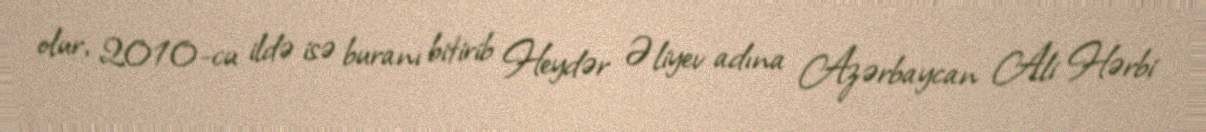
olur, 2010-cu ildə isə buranı bitirib Heydər Əliyev adına Azərbaycan Ali Hərbi